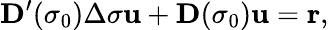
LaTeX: \textbf{D}^{\prime}(\sigma_{0})\Delta\sigma\textbf{u}+\textbf{D}(\sigma_{0})\textbf{u}=\textbf{r},